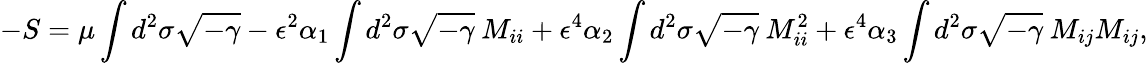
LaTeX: -S=\mu\int d^{2}\sigma\sqrt{-\gamma}-\epsilon^{2}\alpha_{1}\int d^{2}\sigma\sqrt{-\gamma}\: M_{ii}+\epsilon^{4}\alpha_{2}\int d^{2}\sigma\sqrt{-\gamma}\: M_{ii}^{2}+\epsilon^{4}\alpha_{3}\int d^{2}\sigma\sqrt{-\gamma}\: M_{ij}M_{ij},